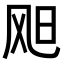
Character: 𫗇